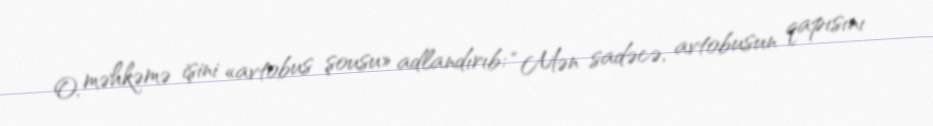
O, məhkəmə işini «avtobus şousu» adlandırıb: “Mən sadəcə, avtobusun qapısını